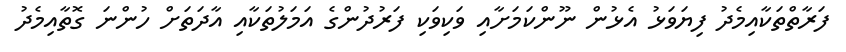
ފަރާތްތަކާއިމެދު ފިޔަވަޅު އެޅުން ނޫންކަމަށާއި ވަކިވަކި ފަރުދުންގެ އަމަލުތަކާއި އާދަތަށް ހުންނަ ގޮތާއިމެދު